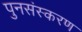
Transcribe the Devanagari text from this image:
पुनसंस्करण